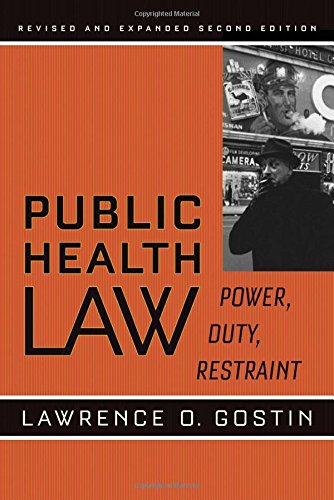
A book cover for Public Health Law: Power, Duty, Restraint (California/Milbank Books on Health and the Public); Lawrence O. Gostin; Medical Books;